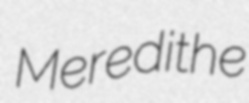
Meredithe